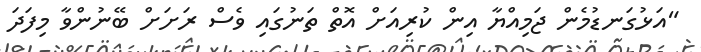
"އަޅުގަނޑުމެން ޖަމިއްޔާ އިން ކުރިއަށް އޮތް ތަނުގައި ވެސް ރަށަށް ބޭނުންވާ މިފަދަ